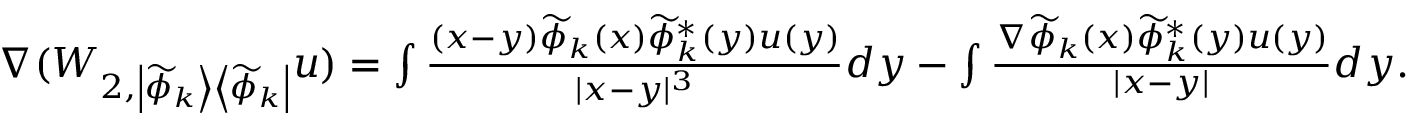
\begin{array} { r } { \nabla ( W _ { 2 , \left| \widetilde { \phi } _ { k } \right> \left< \widetilde { \phi } _ { k } \right| } u ) = \int \frac { ( x - y ) \widetilde { \phi } _ { k } ( x ) \widetilde { \phi } _ { k } ^ { * } ( y ) u ( y ) } { | x - y | ^ { 3 } } d y - \int \frac { \nabla \widetilde { \phi } _ { k } ( x ) \widetilde { \phi } _ { k } ^ { * } ( y ) u ( y ) } { | x - y | } d y . } \end{array}